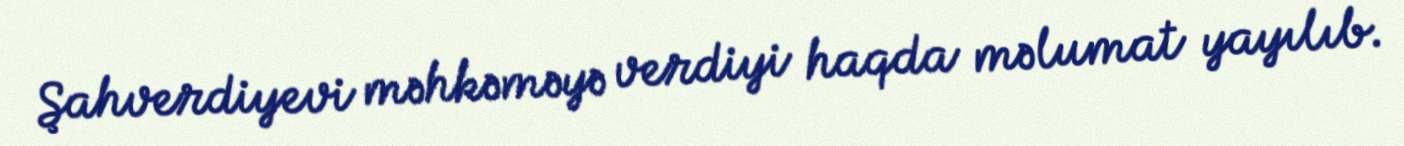
Şahverdiyevi məhkəməyə verdiyi haqda məlumat yayılıb.